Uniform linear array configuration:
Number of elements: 4
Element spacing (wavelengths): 0.5
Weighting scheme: exponential
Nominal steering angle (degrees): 15
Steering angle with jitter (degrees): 14.608
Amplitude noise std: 0.05
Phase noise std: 0.05

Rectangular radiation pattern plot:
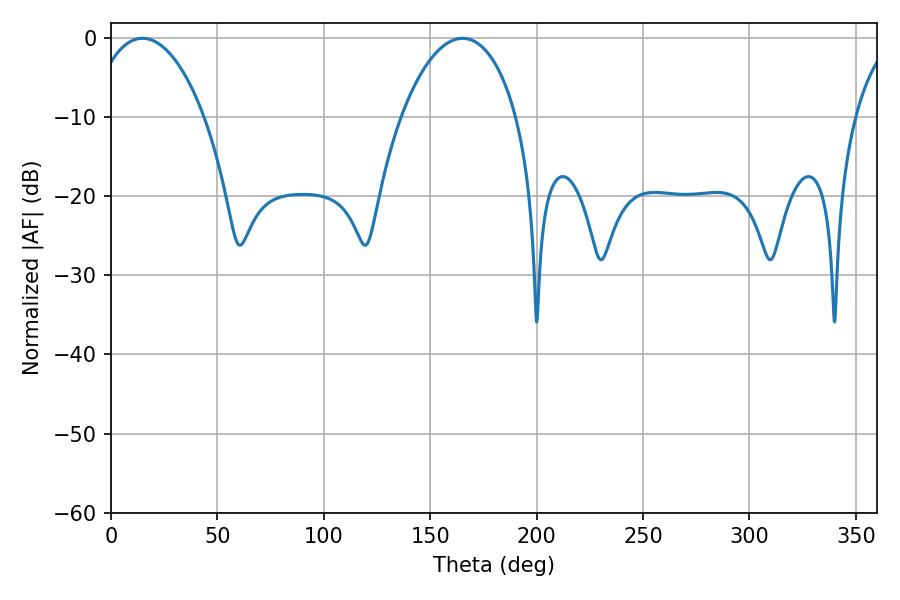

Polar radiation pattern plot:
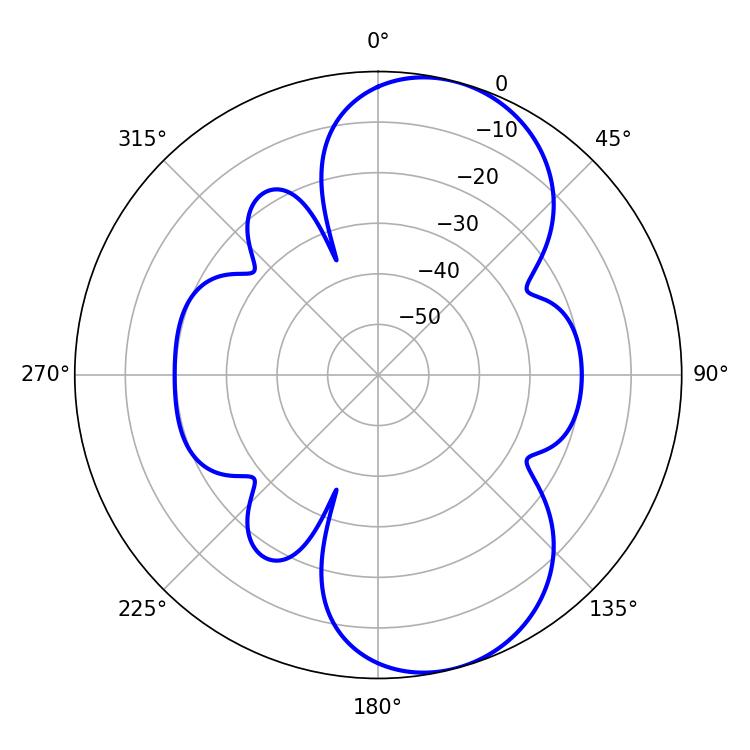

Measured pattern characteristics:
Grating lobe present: FALSE
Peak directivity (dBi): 8.327
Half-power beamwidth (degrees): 30.78
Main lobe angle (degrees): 14.76